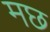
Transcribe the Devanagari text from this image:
मछ